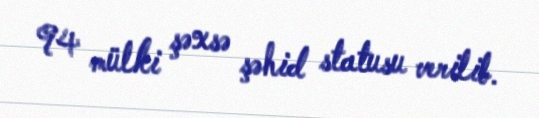
94 mülki şəxsə şəhid statusu verilib.